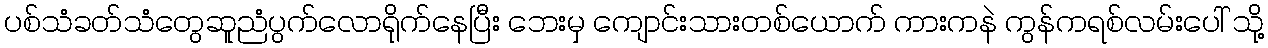
ပစ်သံခတ်သံတွေဆူညံပွက်လောရိုက်နေပြီး ဘေးမှ ကျောင်းသားတစ်ယောက် ကားကနဲ ကွန်ကရစ်လမ်းပေါ် သို့